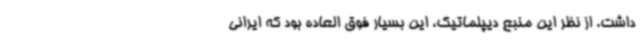
داشت. از نظر این منبع دیپلماتیک، این بسیار فوق العاده بود که ایرانی